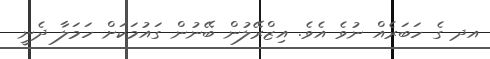
އދ ގެ ހަބަރެއް ނުވެ އެވެ. އިޒްރޭލުން ބޭނުން ގައުމަކަށް ހަމަލާ ދެނީ